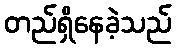
တည်ရှိနေခဲ့သည်